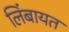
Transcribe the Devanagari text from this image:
लिंबायत